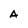
Character: A